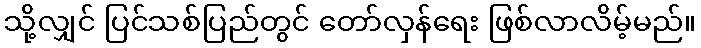
သို့လျှင် ပြင်သစ်ပြည်တွင် တော်လှန်ရေး ဖြစ်လာလိမ့်မည်။